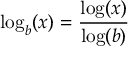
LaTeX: \log _ { b } ( x ) = { \frac { \log ( x ) } { \log ( b ) } }